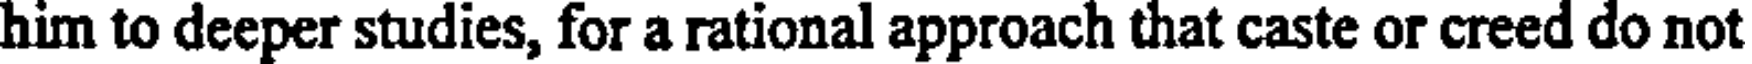
him to deeper studies, for a rational approach that caste or creed do not